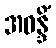
အဝန္ဒိံ